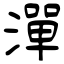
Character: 潬